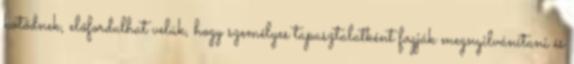
kötődnek, előfordulhat velük, hogy személyes tapasztalatként fogják megnyilvánítani és